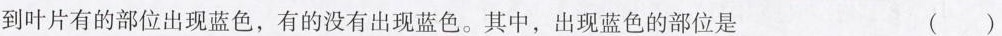
到叶片有的部位出现蓝色，有的没有出现蓝色。其中，出现蓝色的部位是 ( )